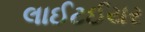
લાઈટઈયર